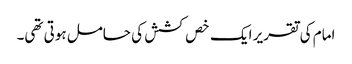
امام کی تقریر ایک خص کشش کی حامل ہوتی تھی۔